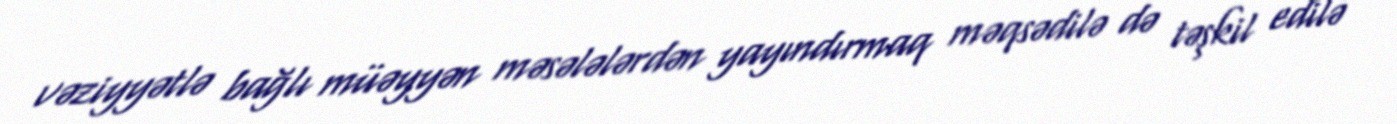
vəziyyətlə bağlı müəyyən məsələlərdən yayındırmaq məqsədilə də təşkil edilə